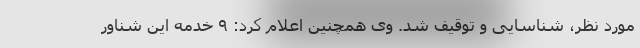
مورد نظر، شناسایی و توقیف شد. وی همچنین اعلام کرد: ۹ خدمه این شناور